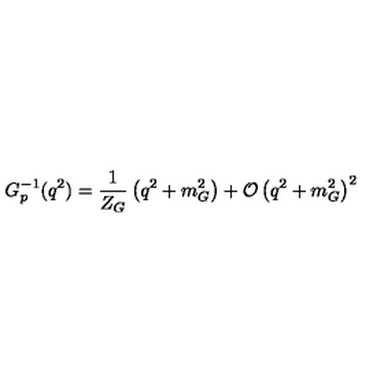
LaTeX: G _ { p } ^ { - 1 } ( q ^ { 2 } ) = \frac { 1 } { Z _ { G } } \left( q ^ { 2 } + m _ { G } ^ { 2 } \right) + { \cal O } \left( q ^ { 2 } + m _ { G } ^ { 2 } \right) ^ { 2 }